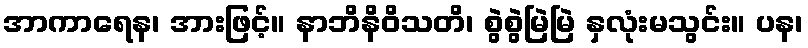
အာကာရေန၊ အားဖြင့်။ နာဘိနိဝိသတိ၊ စွဲစွဲမြဲမြဲ နှလုံးမသွင်း။ ပန၊